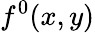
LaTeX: f^{0}(x,y)